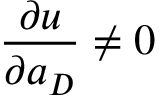
\frac { \partial u } { \partial a _ { D } } \neq 0